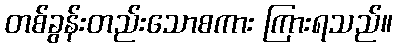
တစ်ခွန်းတည်းသောစကား ကြားရသည်။